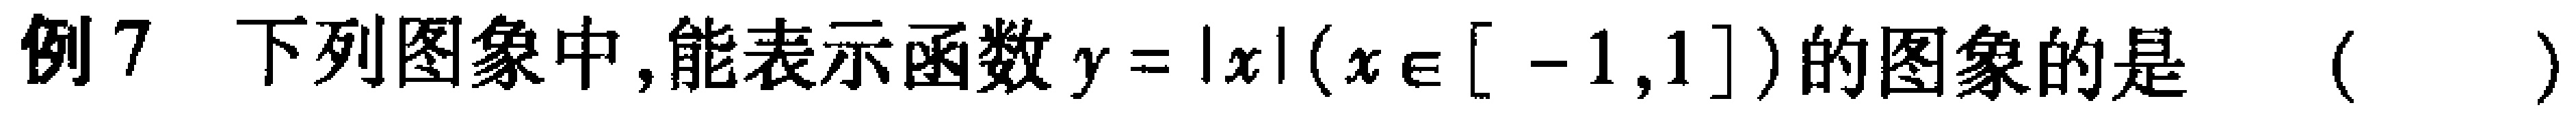
例7 下列图象中,能表示函数$y = |x|(x\in[-1,1])$的图象的是 （  ）